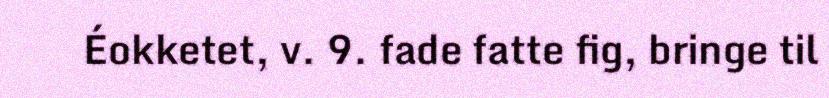
Éokketet, v. 9. fade fatte fig, bringe til